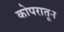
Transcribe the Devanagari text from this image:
कोपरातून